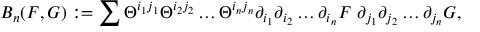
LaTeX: B _ { n } ( F , G ) : = \sum \Theta ^ { i _ { 1 } j _ { 1 } } \Theta ^ { i _ { 2 } j _ { 2 } } \dots \Theta ^ { i _ { n } j _ { n } } \partial _ { i _ { 1 } } \partial _ { i _ { 2 } } \dots \partial _ { i _ { n } } F \ \partial _ { j _ { 1 } } \partial _ { j _ { 2 } } \dots \partial _ { j _ { n } } G ,